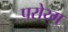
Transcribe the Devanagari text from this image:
परोय्ग